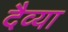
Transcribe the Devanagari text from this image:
दैव्या